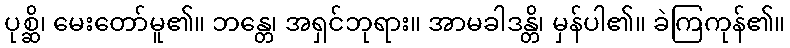
ပုစ္ဆိ၊ မေးတော်မူ၏။ ဘန္တေ၊ အရှင်ဘုရား။ အာမခါဒန္တိ၊ မှန်ပါ၏။ ခဲကြကုန်၏။